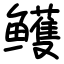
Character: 鳠